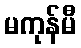
မကုန်မီ